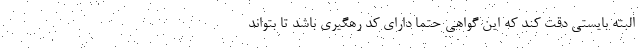
البته بایستی دقت کند که این گواهی حتماً دارای کد رهگیری باشد تا بتواند